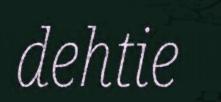
dehtie